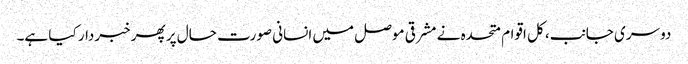
دوسری جانب، کل اقوام متحدہ نے مشرقی موصل میں انسانی صورت حال پر پھر خبردار کیا ہے۔